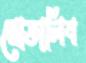
মোতালিব